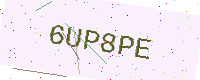
Text: 6UP8PE